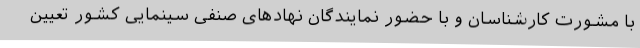
با مشورت کارشناسان و با حضور نمایندگان نهادهای صنفی سینمایی کشور تعیین